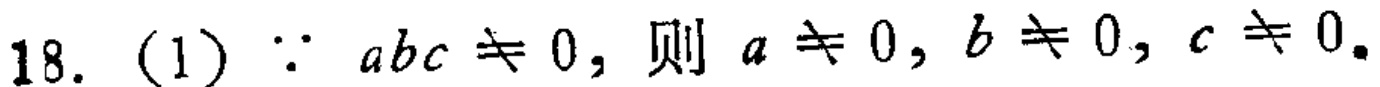
18. (1) $\because abc\neq 0$, 则 $a\neq 0$, $b\neq 0$, $c\neq 0$.